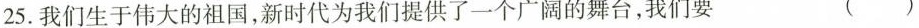
5.我们生于伟大的祖国，新时代为我们提供了一个广阔的舞台，我们要 ( )